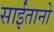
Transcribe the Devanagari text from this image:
साईंतानो